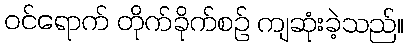
ဝင်ရောက် တိုက်ခိုက်စဉ် ကျဆုံးခဲ့သည်။